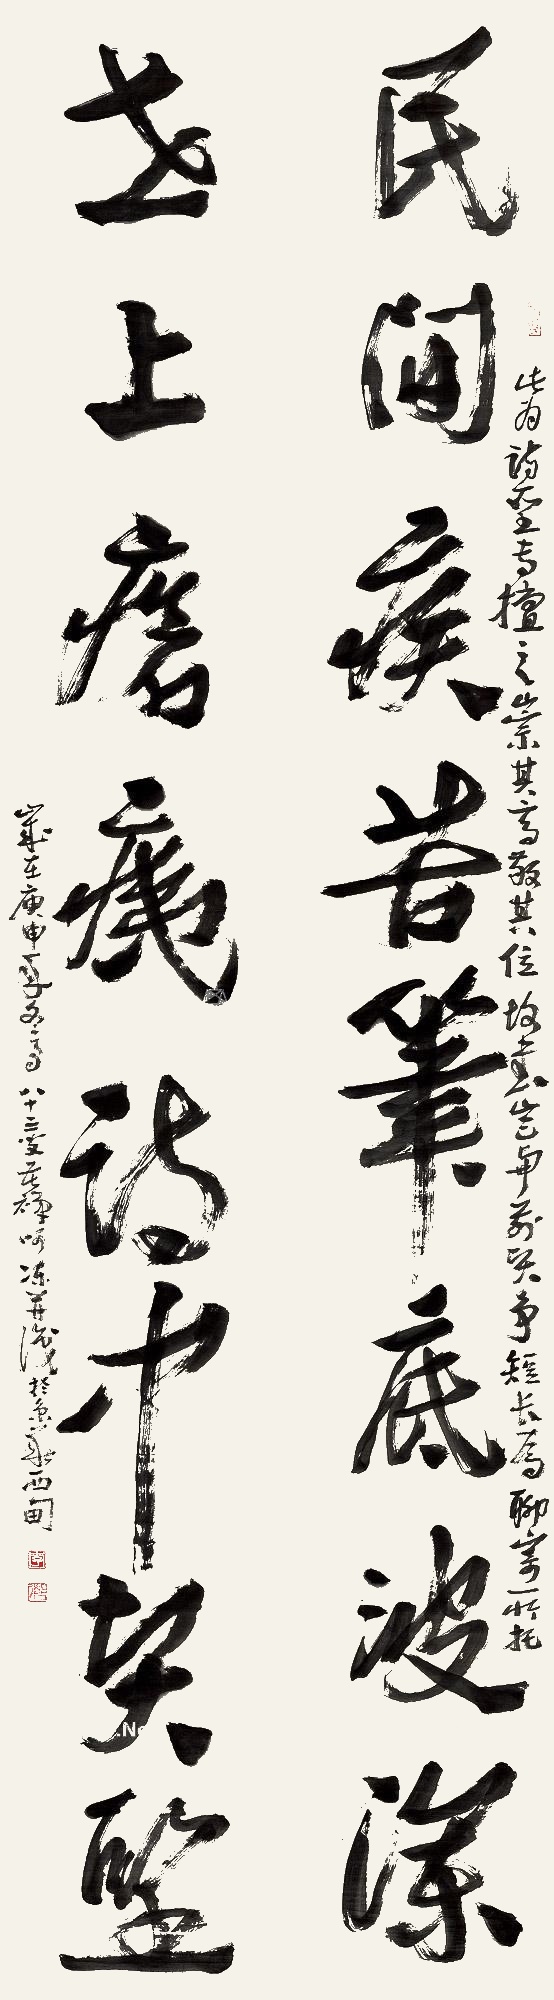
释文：民间疾苦笔底波澜，世上疮痍诗中贤圣。此为诗圣专擅之，崇其高，敬其位，故书，岂与前贤争短长，为聊寄所托。岁在庚申年冬至，八十三叟苦禅呵冻并识于京城西甸。